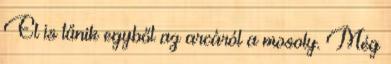
El is tűnik egyből az arcáról a mosoly. Még